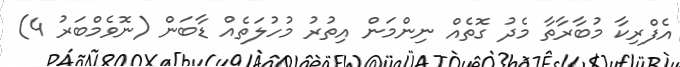
އެފްރިކާ މުބާރާތާ މެދު ގޮތެއް ނިންމަން އިތުރު މުހުލަތެއް ޑާބަން (ނޮވެމްބަރު 4)